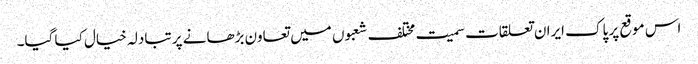
اس موقع پر پاک ایران تعلقات سمیت مختلف شعبوں میں تعاون بڑھانے پر تبادلہ خیال کیا گیا۔